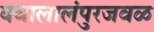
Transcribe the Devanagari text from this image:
क्वालालंपुरजवळ